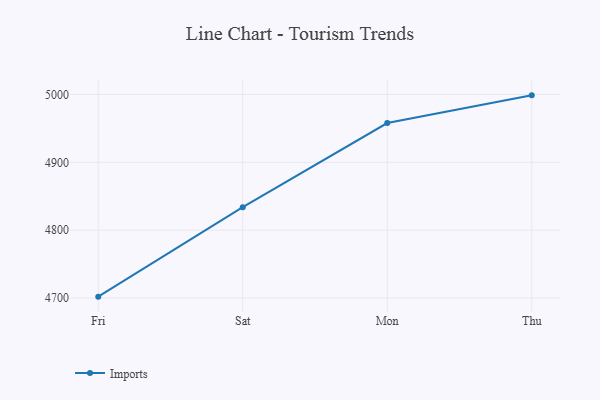
{"axis": {"x": "Day", "y": "Humidity (%)"}, "legend": ["Imports"], "data": [{"x": "Fri", "y": 4702.1, "type": "Imports"}, {"x": "Sat", "y": 4834.0, "type": "Imports"}, {"x": "Mon", "y": 4957.9, "type": "Imports"}, {"x": "Thu", "y": 4998.7, "type": "Imports"}]}